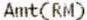
AMT(RM)